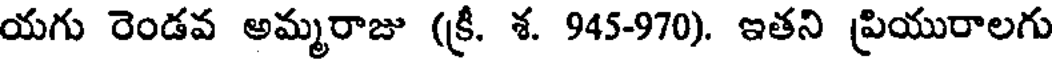
యగు రెండవ అమ్మరాజు (క్రీ. శ. 945-970). ఇతని ప్రియురాలగు